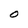
Character: O